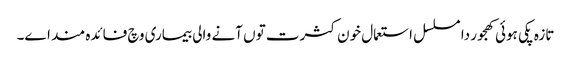
تازہ پکی ہوئی کھجور دا مسلسل استعمال خون کثرت تو‏ں آنے والی بیماری وچ فائدہ مند ا‏‏ے۔